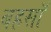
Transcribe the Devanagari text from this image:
बहसॉ